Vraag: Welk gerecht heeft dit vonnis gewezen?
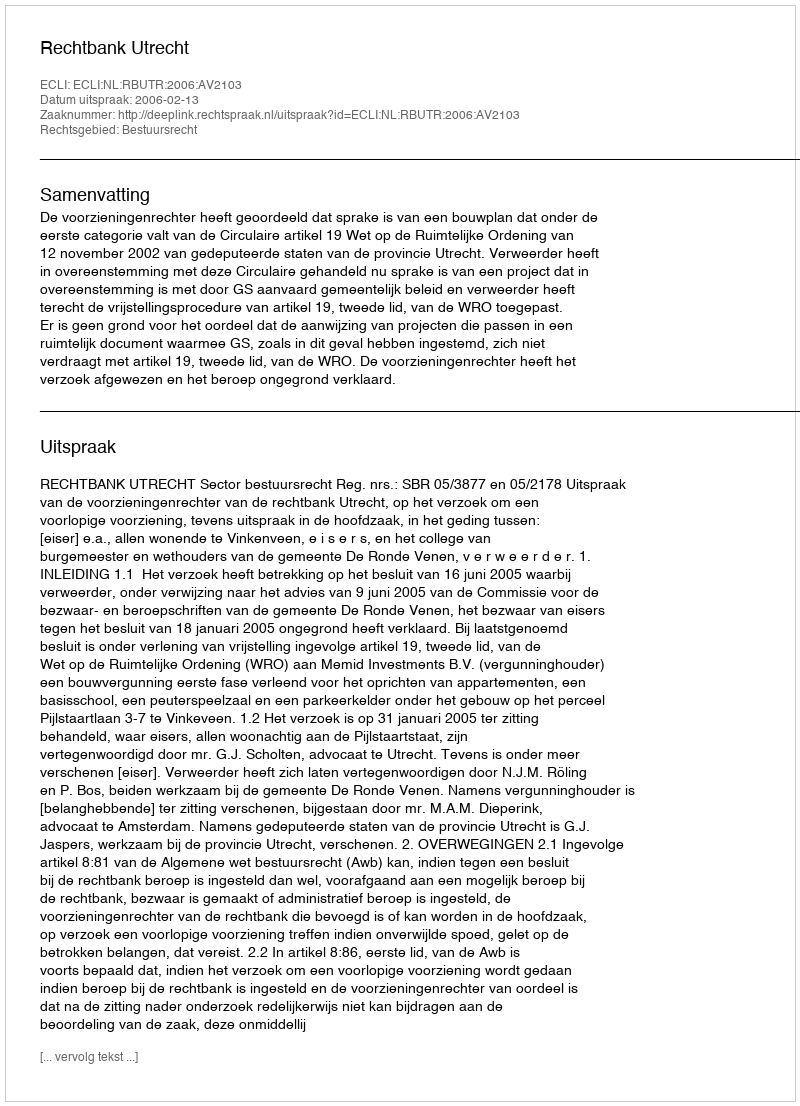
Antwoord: Rechtbank Utrecht